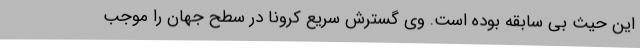
این حیث بی سابقه بوده است. وی گسترش سریع کرونا در سطح جهان را موجب